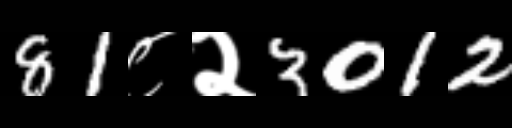
Text: 81८२3012